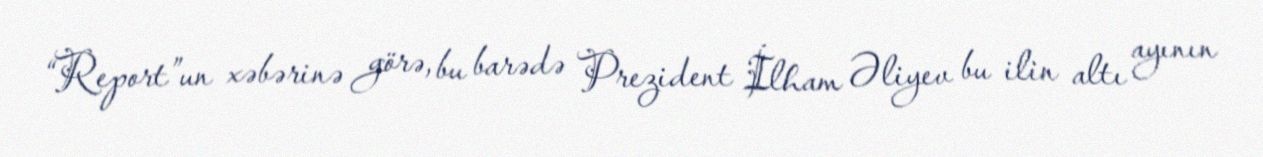
“Report”un xəbərinə görə, bu barədə Prezident İlham Əliyev bu ilin altı ayının